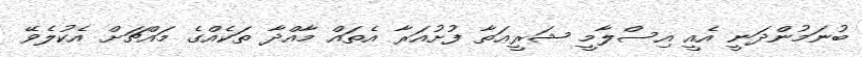
ބުނަމުންދަނީ އެއީ އިސްލާމީ ޝަރީޢަތާ ފުށުއަރާ އެތައް މާއްދާ ތަކެއްގެ މައްޗަށް އެކުލެވޭ